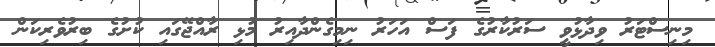
މިނިސްޓަރު ވިދާޅުވީ ސަރުކާރުގެ ފަސް އަހަރު ނިމިގެންދާއިރު މުޅި ރާއްޖޭގައި ކުށުގެ ބިރުވެރިކަން